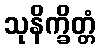
သုနိက္ခိတ္တံ